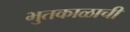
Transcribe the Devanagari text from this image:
भुतकाळाची